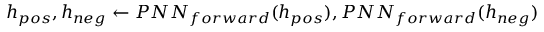
h _ { p o s } , h _ { n e g } \gets P N N _ { f o r w a r d } ( h _ { p o s } ) , P N N _ { f o r w a r d } ( h _ { n e g } )